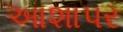
આશાપર